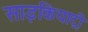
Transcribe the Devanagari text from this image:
साइकियाट्री